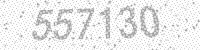
Solution: 557130